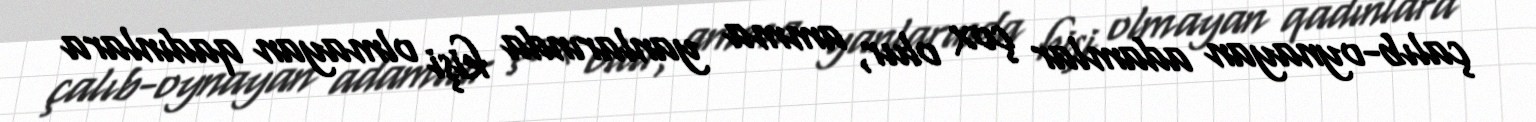
çalıb-oynayan adamlar çox olur, amma yanlarında kişi olmayan qadınlara